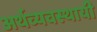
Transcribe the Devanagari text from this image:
अर्थव्यवस्थायी